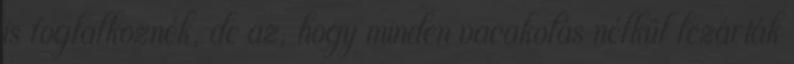
is foglalkoznék, de az, hogy minden vacakolás nélkül lezárták